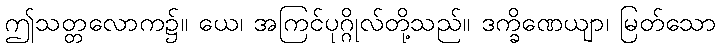
ဤသတ္တလောက၌။ ယေ၊ အကြင်ပုဂ္ဂိုလ်တို့သည်။ ဒက္ခိဏေယျာ၊ မြတ်သော